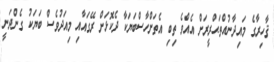
ޤާހިރާގެ މައިދާނުއްތަޙްރީރަށް އެއްވެ ތިބި އެތަށްހާސްބަޔަކާ ދެކޮޅަށް ރޭގައާއި މިއަދުވެސް ބަޔަކު ގެންދަނީ